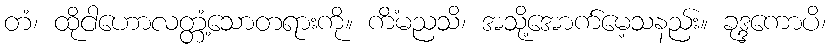
တံ၊ ထိုငါဟောလတ္တံ့သောတရားကို။ ကိံမညသိ၊ အသို့အောက်မေ့သနည်း။ ခုဒ္ဒကောပိ၊